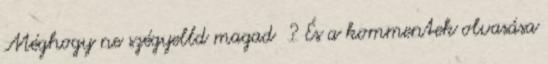
Méghogy ne szégyelld magad ? És a kommentek olvasása